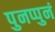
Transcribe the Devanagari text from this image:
पुनप्पुनं